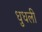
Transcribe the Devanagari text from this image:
धुधली